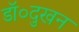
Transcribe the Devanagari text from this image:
डॉ०दुखन